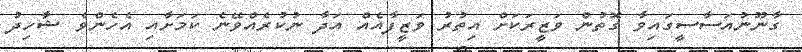
ގާނޫނުއަސާސީގައިވާ ގޮތުން ވަޒީރަކަށް އިތުރު ވަޒީފާއެއް އަދާ ނުކުރެއްވޭނެ ކަމަށާއި އެހެންވެ ޝާހިދު